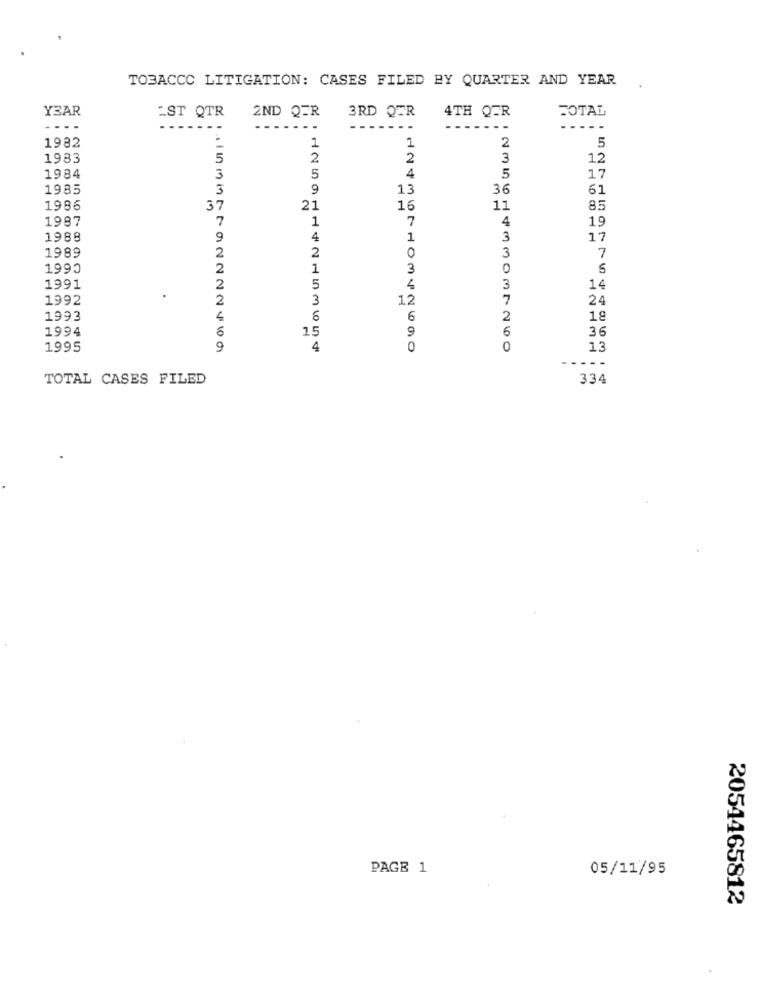
TOBACCO LITIGATION: CASES FILED BY QUARTER AND YEAR
YEAR
EST QTR
3RD QER
2ND QER
4TH QER
TOTAL
--
---
- -
2
5
1982
1
1
1983
5
2
2
3
12
4
5
1984
3
5
17
1985
3
9
13
36
61
1986
37
21
16
11
85
1987
7
1
7
4
19
1988
9
4
1
3
17
1989
2
0
3
2
7
1990
2
1
3
0
1991
2
5
4
3
14
1992
2
3
12
7
24
1993
4
6
2
18
1994
15
9
6
36
1995
9
4
0
0
13
---
TOTAL CASES FILED
334
PAGE 1
05/11/95
2054465812